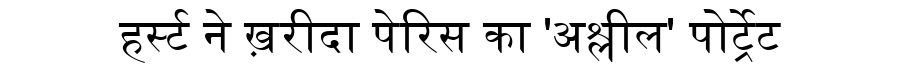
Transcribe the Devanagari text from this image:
हर्स्ट ने ख़रीदा पेरिस का 'अश्लील' पोर्ट्रेट